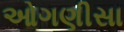
ઓગણીસા